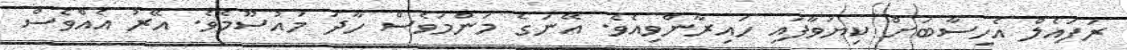
ރަފައެލް އެހިސާބަށް ކިޔަވާފައި ހައިރާންވިއެވެ. އޭނަގެ މަންމަވެސް ހާދަ މައުސޫމެވެ. އޭރު އެއްވެސް